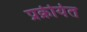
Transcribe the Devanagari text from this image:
प्रक्रीयेत